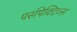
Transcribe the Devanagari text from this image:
पर्सपेक्टिव्स